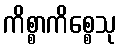
ကိစ္စာကိစ္စေသု